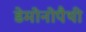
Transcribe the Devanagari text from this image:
डेमोनोपैथी